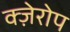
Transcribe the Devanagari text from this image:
क्ज़ेरोप